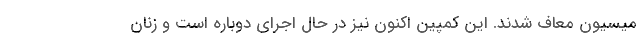
میسیون معاف شدند. این کمپین اکنون نیز در حال اجرای دوباره است و زنان